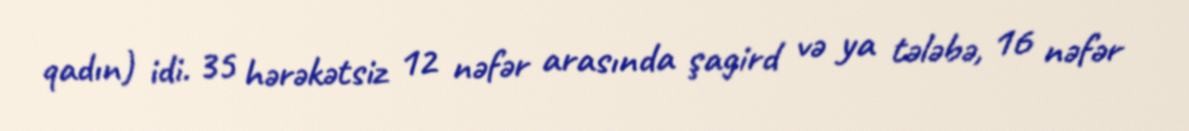
qadın) idi. 35 hərəkətsiz 12 nəfər arasında şagird və ya tələbə, 16 nəfər